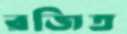
রজিত